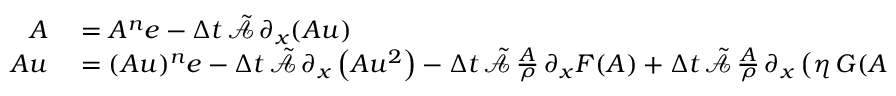
\begin{array} { r l } { \boldsymbol { A } } & { { } = A ^ { n } \boldsymbol { e } - \Delta t \, \tilde { \mathcal { A } } \, \partial _ { x } ( \boldsymbol { A u } ) } \\ { \boldsymbol { A u } } & { { } = ( A u ) ^ { n } \boldsymbol { e } - \Delta t \, \tilde { \mathcal { A } } \, \partial _ { x } \left( \boldsymbol { A u ^ { 2 } } \right) - \Delta t \, \tilde { \mathcal { A } } \, \frac { \boldsymbol { A } } { \rho } \, \partial _ { x } \boldsymbol { F } ( \boldsymbol { A } ) + \Delta t \, \tilde { \mathcal { A } } \, \frac { \boldsymbol { A } } { \rho } \, \partial _ { x } \left( \eta \, \boldsymbol { G } ( \boldsymbol { A } ) \partial _ { x } ( \boldsymbol { A u } ) \right) \, , } \end{array}